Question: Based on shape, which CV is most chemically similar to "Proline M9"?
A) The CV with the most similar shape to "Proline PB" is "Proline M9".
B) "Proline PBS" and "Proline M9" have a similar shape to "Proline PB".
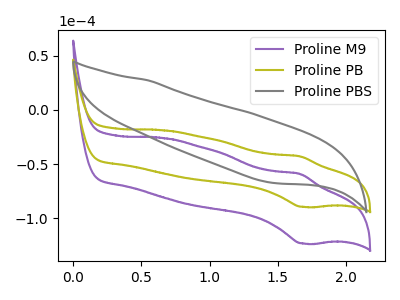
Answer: <think>The purple curve "Proline M9" has an anodic peak at (1.65V, -59.05uA) and a cathodic peak at (1.70V, -123.30uA). The olive curve "Proline PB" has an anodic peak at (1.65V, -42.85uA) and a cathodic peak at (1.70V, -89.45uA). The gray curve "Proline PBS" has no peaks.
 All the peaks in "Proline M9" have a peak in "Proline PB" at the same potential. "Proline M9" and "Proline PBS" have a different number of peaks. "Proline PB" and "Proline PBS" have a different number of peaks.</think>
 <answer>A) The CV with the most similar shape to "Proline PB" is "Proline M9".</answer>
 <eval>A</eval>